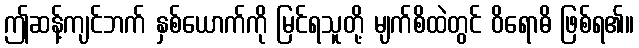
ဤဆန့်ကျင်ဘက် နှစ်ယောက်ကို မြင်ရသူတို့ မျက်စိထဲတွင် ဝိရောဓိ ဖြစ်ရ၏။